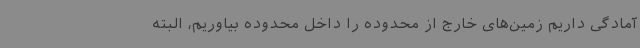
آمادگی داریم زمین‌های خارج از محدوده را داخل محدوده بیاوریم، البته